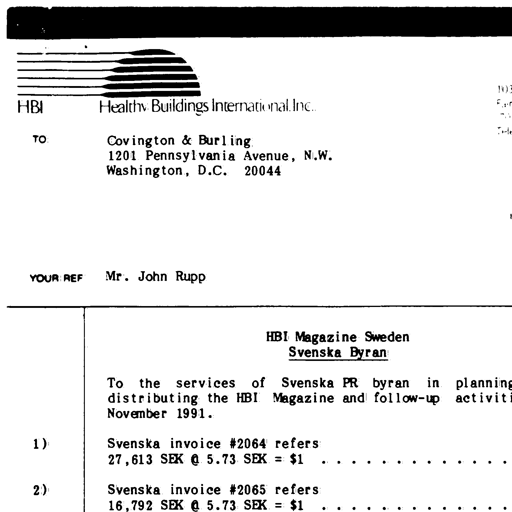
HBI
Healthy Buildings International, Inc.
TO:
Covington & Burling
1201 Pennsylvania Avenue, N.W.
Washington, D.C. 20044
YOUR REF
Mr. John Rupp
HBI Magazine Sweden
Svenska Byran
To the services of Svenska PR byran in planning
distributing the HBI Magazine and follow-up activiti
November 1991.
1)
Svenska invoice #2064 refers
27,613 SEK @ 5.73 SEK = $1 . . . . . . . . . . . .
2)
Svenska invoice #2065 refers
16,792 SEK @ 5.73 SEK = $1 . . . . . . . . . . . .